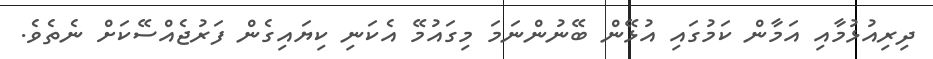
ދިރިއުޅުމާއި އަމާން ކަމުގައި އުޅޭން ބޭނުންނަމަ މިގައުމޭ އެކަނި ކިޔައިގެން ފަރުޖެއްސޭކަށް ނެތެވެ.